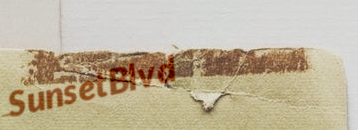
SunsetBlvd